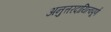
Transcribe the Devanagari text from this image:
अनुत्तरदायित्वपूर्ण